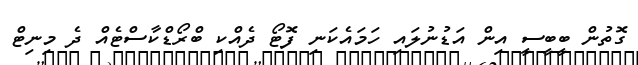
ގޮތުން ބީބީސީ އިން އަޑުނުލައި ހަމައެކަނި ފޮޓޯ ދެއްކި ބްރޯޑްކާސްޓެއް ދެ މިނިޓް